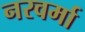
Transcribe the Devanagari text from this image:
नरवर्मा